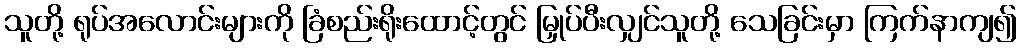
သူတို့ ရုပ်အလောင်းများကို ခြံစည်းရိုးထောင့်တွင် မြှုပ်ပီးလျှင်သူတို့ သေခြင်းမှာ ကြက်နာကျ၍